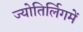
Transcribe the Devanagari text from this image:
ज्योतिर्लिगमें